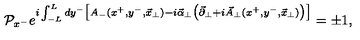
{ \cal P } _ { x ^ { - } } e ^ { i \int _ { - L } ^ { L } d y ^ { - } \big [ A _ { - } ( x ^ { + } , y ^ { - } , { \vec { x } } _ { \perp } ) - i { \vec { \alpha } } _ { \perp } \big ( { \vec { \partial } } _ { \perp } + i { \vec { A } } _ { \perp } ( x ^ { + } , y ^ { - } , { \vec { x } } _ { \perp } ) \big ) \big ] } = \pm 1 ,